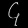
Digit: ၄